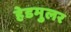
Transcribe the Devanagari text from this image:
हेडमुलर